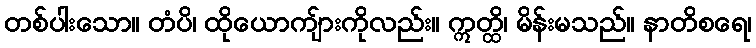
တစ်ပါးသော။ တံပိ၊ ထိုယောကျ်ားကိုလည်း။ ဣတ္ထိ၊ မိန်းမသည်။ နာတိစရေ၊